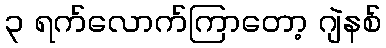
၃ ရက်လောက်ကြာတော့ ဂျဲနစ်